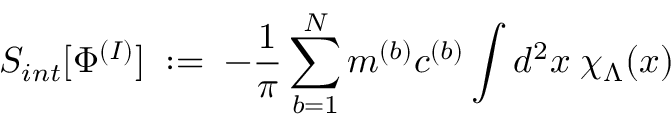
S _ { i n t } [ \Phi ^ { ( I ) } ] \; : = \; - \frac { 1 } { \pi } \sum _ { b = 1 } ^ { N } m ^ { ( b ) } c ^ { ( b ) } \int d ^ { 2 } x \; \chi _ { \Lambda } ( x )